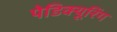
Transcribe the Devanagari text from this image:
पेडिक्यूरिंग